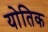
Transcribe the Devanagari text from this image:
योतिक